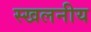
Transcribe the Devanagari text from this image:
स्खलनीय